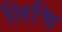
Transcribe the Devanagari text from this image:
लिचि